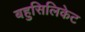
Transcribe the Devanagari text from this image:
बहुसिलिकेट